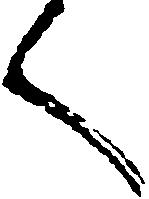
く